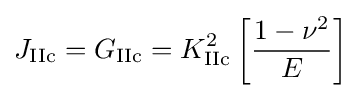
J_{\rm {IIc}}=G_{\rm {IIc}}=K_{\rm {IIc}}^{2}\left[{\frac {1-\nu ^{2}}{E}}\right]